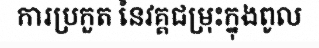
ការប្រកួត នៃវគ្គជម្រុះក្នុងពូល